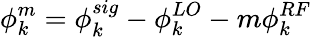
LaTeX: \phi_{k}^{m}=\phi_{k}^{sig}-\phi_{k}^{LO}-m\phi_{k}^{RF}